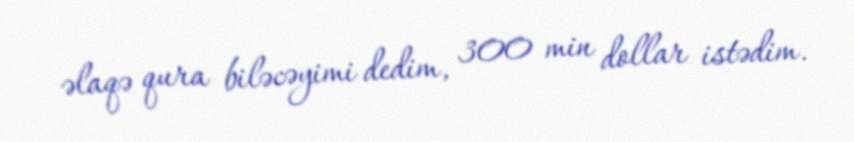
əlaqə qura biləcəyimi dedim, 300 min dollar istədim.